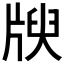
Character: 𤗝